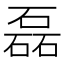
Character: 磊